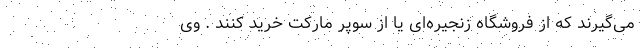
می‌گیرند که از فروشگاه زنجیره‌ای یا از سوپر مارکت خرید کنند . وی